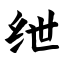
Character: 绁